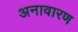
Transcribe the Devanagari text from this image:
अनावारण